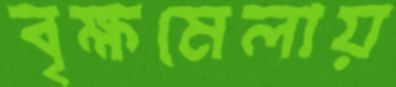
বৃক্ষমেলায়